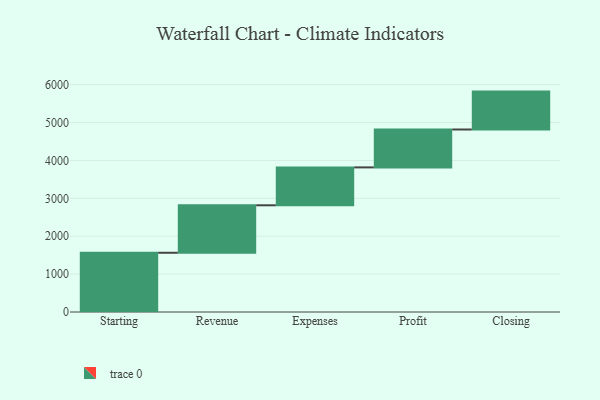
{"axis": {"x": "Step", "y": "Value"}, "legend": [""], "data": [{"x": "Starting", "y": 1563.0, "type": ""}, {"x": "Revenue", "y": 1253.0, "type": ""}, {"x": "Expenses", "y": 1000, "type": ""}, {"x": "Profit", "y": 1000, "type": ""}, {"x": "Closing", "y": 1000, "type": ""}]}